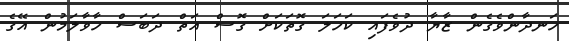
ހަނދާންވެގެން ޒާޔާ ދުވެފައި ކަހަލަ ގޮތަކަށް ގޮސް އަތް ދަަބަަސް ހާވާލަމުން އޭގެ